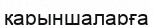
қарыншаларға